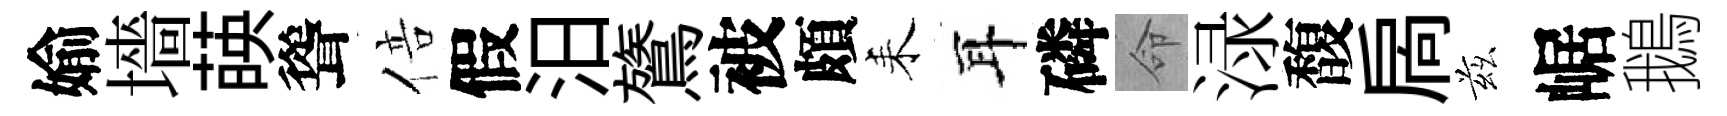
媮墻𦴤聳倍假汨鷟被頗耒耳磷命渌馥扄兹崌鵝